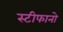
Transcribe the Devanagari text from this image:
स्टीफानो